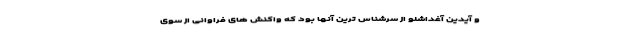
و آیدین آغداشلو از سرشناس ترین آنها بود که واکنش های فراوانی از سوی